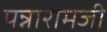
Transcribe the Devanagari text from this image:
पन्नारामजी